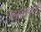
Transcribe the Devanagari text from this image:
समुद्रामार्गी